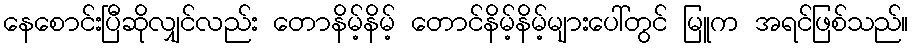
နေစောင်းပြီဆိုလျှင်လည်း တောနိမ့်နိမ့် တောင်နိမ့်နိမ့်များပေါ်တွင် မြူက အရင်ဖြစ်သည်။